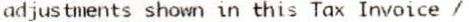
ADJUSTMENTS SHOWN IN THIS TAX INVOICE /